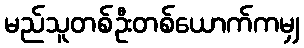
မည်သူတစ်ဦးတစ်ယောက်ကမျှ